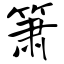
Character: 箫